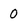
Character: 0